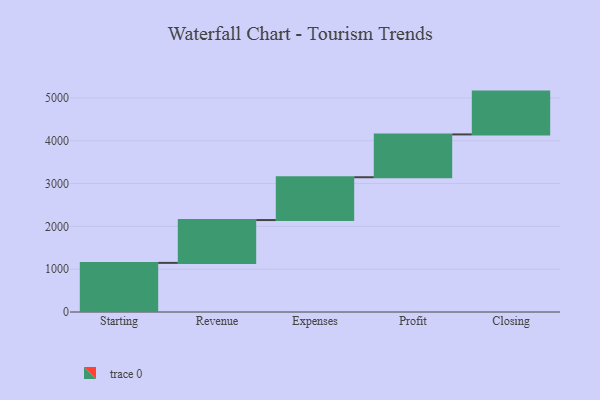
{"axis": {"x": "Step", "y": "Value"}, "legend": [""], "data": [{"x": "Starting", "y": 1147.0, "type": ""}, {"x": "Revenue", "y": 1000, "type": ""}, {"x": "Expenses", "y": 1000, "type": ""}, {"x": "Profit", "y": 1000, "type": ""}, {"x": "Closing", "y": 1000, "type": ""}]}